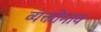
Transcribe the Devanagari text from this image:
व्यक्तीनाव